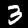
Label: 3